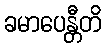
ခမာပေန္တီတိ